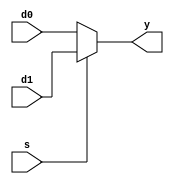
// 4:1 MUX using 3 of 2:1 MUX

//  MUX   2:1 MUX
module MUX2(
    output      y,
    input       d0,
    input       d1,
    input       s
);

    assign  y = s ? d1 : d0;

endmodule


//  MUX, 3 2:1 MUX  
module MUX4(
    output  [2:0]   y,
    input   [3:0]   d,
    input   [1:0]   s
);

    // d0, d1, s0
    MUX2 mux2_1(
        .y      (y[0]   ),
        .d0     (d[0]   ),
        .d1     (d[1]   ),
        .s      (s[0]   )
    );

    // d2, d3, s0
    MUX2 mux2_2(
        .y      (y[1]   ),
        .d0     (d[2]   ),
        .d1     (d[3]   ),
        .s      (s[0]   )
    );

    // s1
    MUX2 mux2_3(
        .y      (y[2]   ),
        .d0     (y[0]   ),
        .d1     (y[1]   ),
        .s      (s[1]   )
    );

endmodule